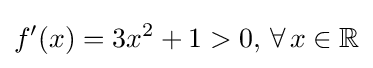
f^{\prime }(x)=3x^{2}+1>0,\,\forall \,x\in \mathbb {R}